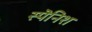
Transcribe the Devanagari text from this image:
स्पॆनिश